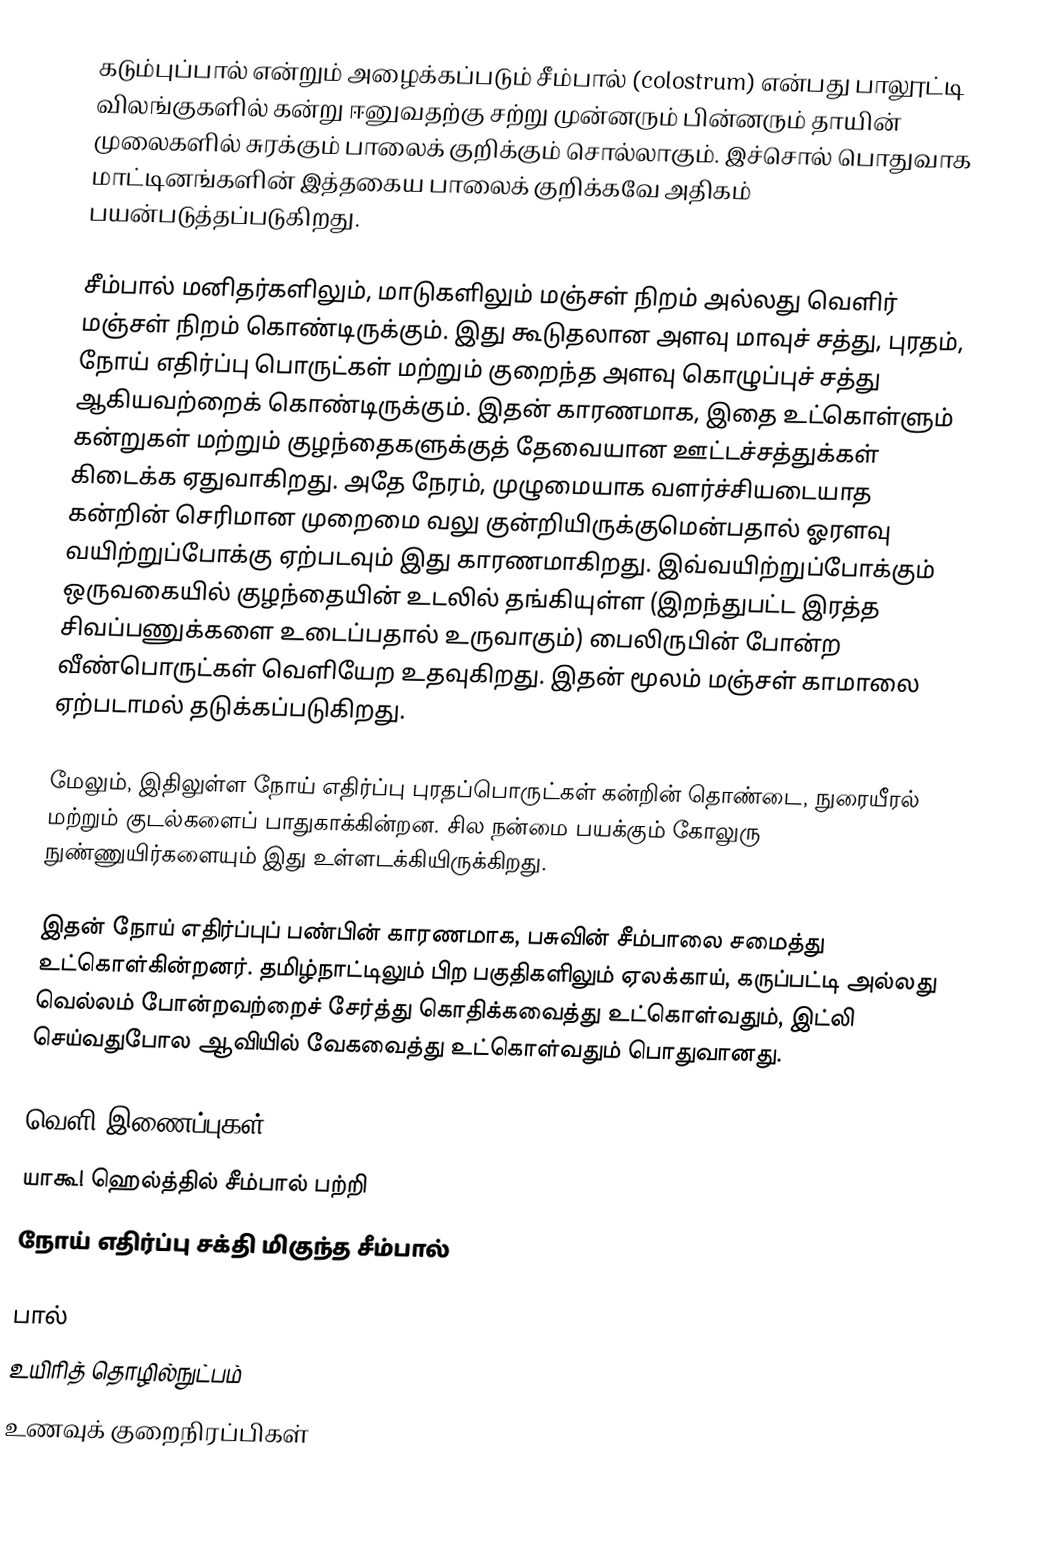
கடும்புப்பால் என்றும் அழைக்கப்படும் சீம்பால் (colostrum) என்பது பாலூட்டி விலங்குகளில் கன்று ஈனுவதற்கு சற்று முன்னரும் பின்னரும் தாயின் முலைகளில் சுரக்கும் பாலைக் குறிக்கும் சொல்லாகும். இச்சொல் பொதுவாக மாட்டினங்களின் இத்தகைய பாலைக் குறிக்கவே அதிகம் பயன்படுத்தப்படுகிறது.

சீம்பால் மனிதர்களிலும், மாடுகளிலும் மஞ்சள் நிறம் அல்லது வெளிர் மஞ்சள் நிறம் கொண்டிருக்கும். இது கூடுதலான அளவு மாவுச் சத்து, புரதம், நோய் எதிர்ப்பு பொருட்கள் மற்றும் குறைந்த அளவு கொழுப்புச் சத்து ஆகியவற்றைக் கொண்டிருக்கும். இதன் காரணமாக, இதை உட்கொள்ளும் கன்றுகள் மற்றும் குழந்தைகளுக்குத் தேவையான ஊட்டச்சத்துக்கள் கிடைக்க ஏதுவாகிறது. அதே நேரம், முழுமையாக வளர்ச்சியடையாத கன்றின் செரிமான முறைமை வலு குன்றியிருக்குமென்பதால் ஓரளவு வயிற்றுப்போக்கு ஏற்படவும் இது காரணமாகிறது. இவ்வயிற்றுப்போக்கும் ஒருவகையில் குழந்தையின் உடலில் தங்கியுள்ள (இறந்துபட்ட இரத்த சிவப்பணுக்களை உடைப்பதால் உருவாகும்) பைலிருபின் போன்ற வீண்பொருட்கள் வெளியேற உதவுகிறது. இதன் மூலம் மஞ்சள் காமாலை ஏற்படாமல் தடுக்கப்படுகிறது.

மேலும், இதிலுள்ள நோய் எதிர்ப்பு புரதப்பொருட்கள் கன்றின் தொண்டை, நுரையீரல் மற்றும் குடல்களைப் பாதுகாக்கின்றன. சில நன்மை பயக்கும் கோலுரு நுண்ணுயிர்களையும் இது உள்ளடக்கியிருக்கிறது.

இதன் நோய் எதிர்ப்புப் பண்பின் காரணமாக, பசுவின் சீம்பாலை சமைத்து உட்கொள்கின்றனர். தமிழ்நாட்டிலும் பிற பகுதிகளிலும் ஏலக்காய், கருப்பட்டி அல்லது வெல்லம் போன்றவற்றைச் சேர்த்து கொதிக்கவைத்து உட்கொள்வதும், இட்லி செய்வதுபோல ஆவியில் வேகவைத்து உட்கொள்வதும் பொதுவானது.

வெளி இணைப்புகள்
 யாகூ! ஹெல்த்தில் சீம்பால் பற்றி
 நோய் எதிர்ப்பு சக்தி மிகுந்த சீம்பால்

பால்
உயிரித் தொழில்நுட்பம்
உணவுக் குறைநிரப்பிகள்